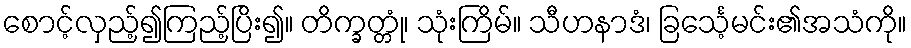
စောင့်လှည့်၍ကြည့်ပြိး၍။ တိက္ခတ္တုံ၊ သုံးကြိမ်။ သီဟနာဒံ၊ ခြင်္သေ့မင်း၏အသံကို။